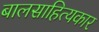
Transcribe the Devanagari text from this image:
बालसाहित्‍यकार